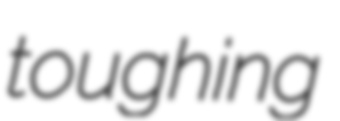
toughing